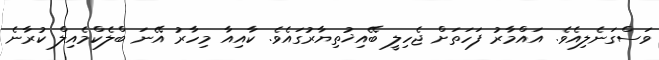
ވަސްގަނެލިއެވެ. އައްމާރު ފަހަތަށް ޖެހިލީ ބޭއިޚުތިޔާރުގައެވެ. ކާއިއާ މިހާރު އޭނަ ބްލެކްމެއިލް ކުރާނެ